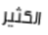
الكثير